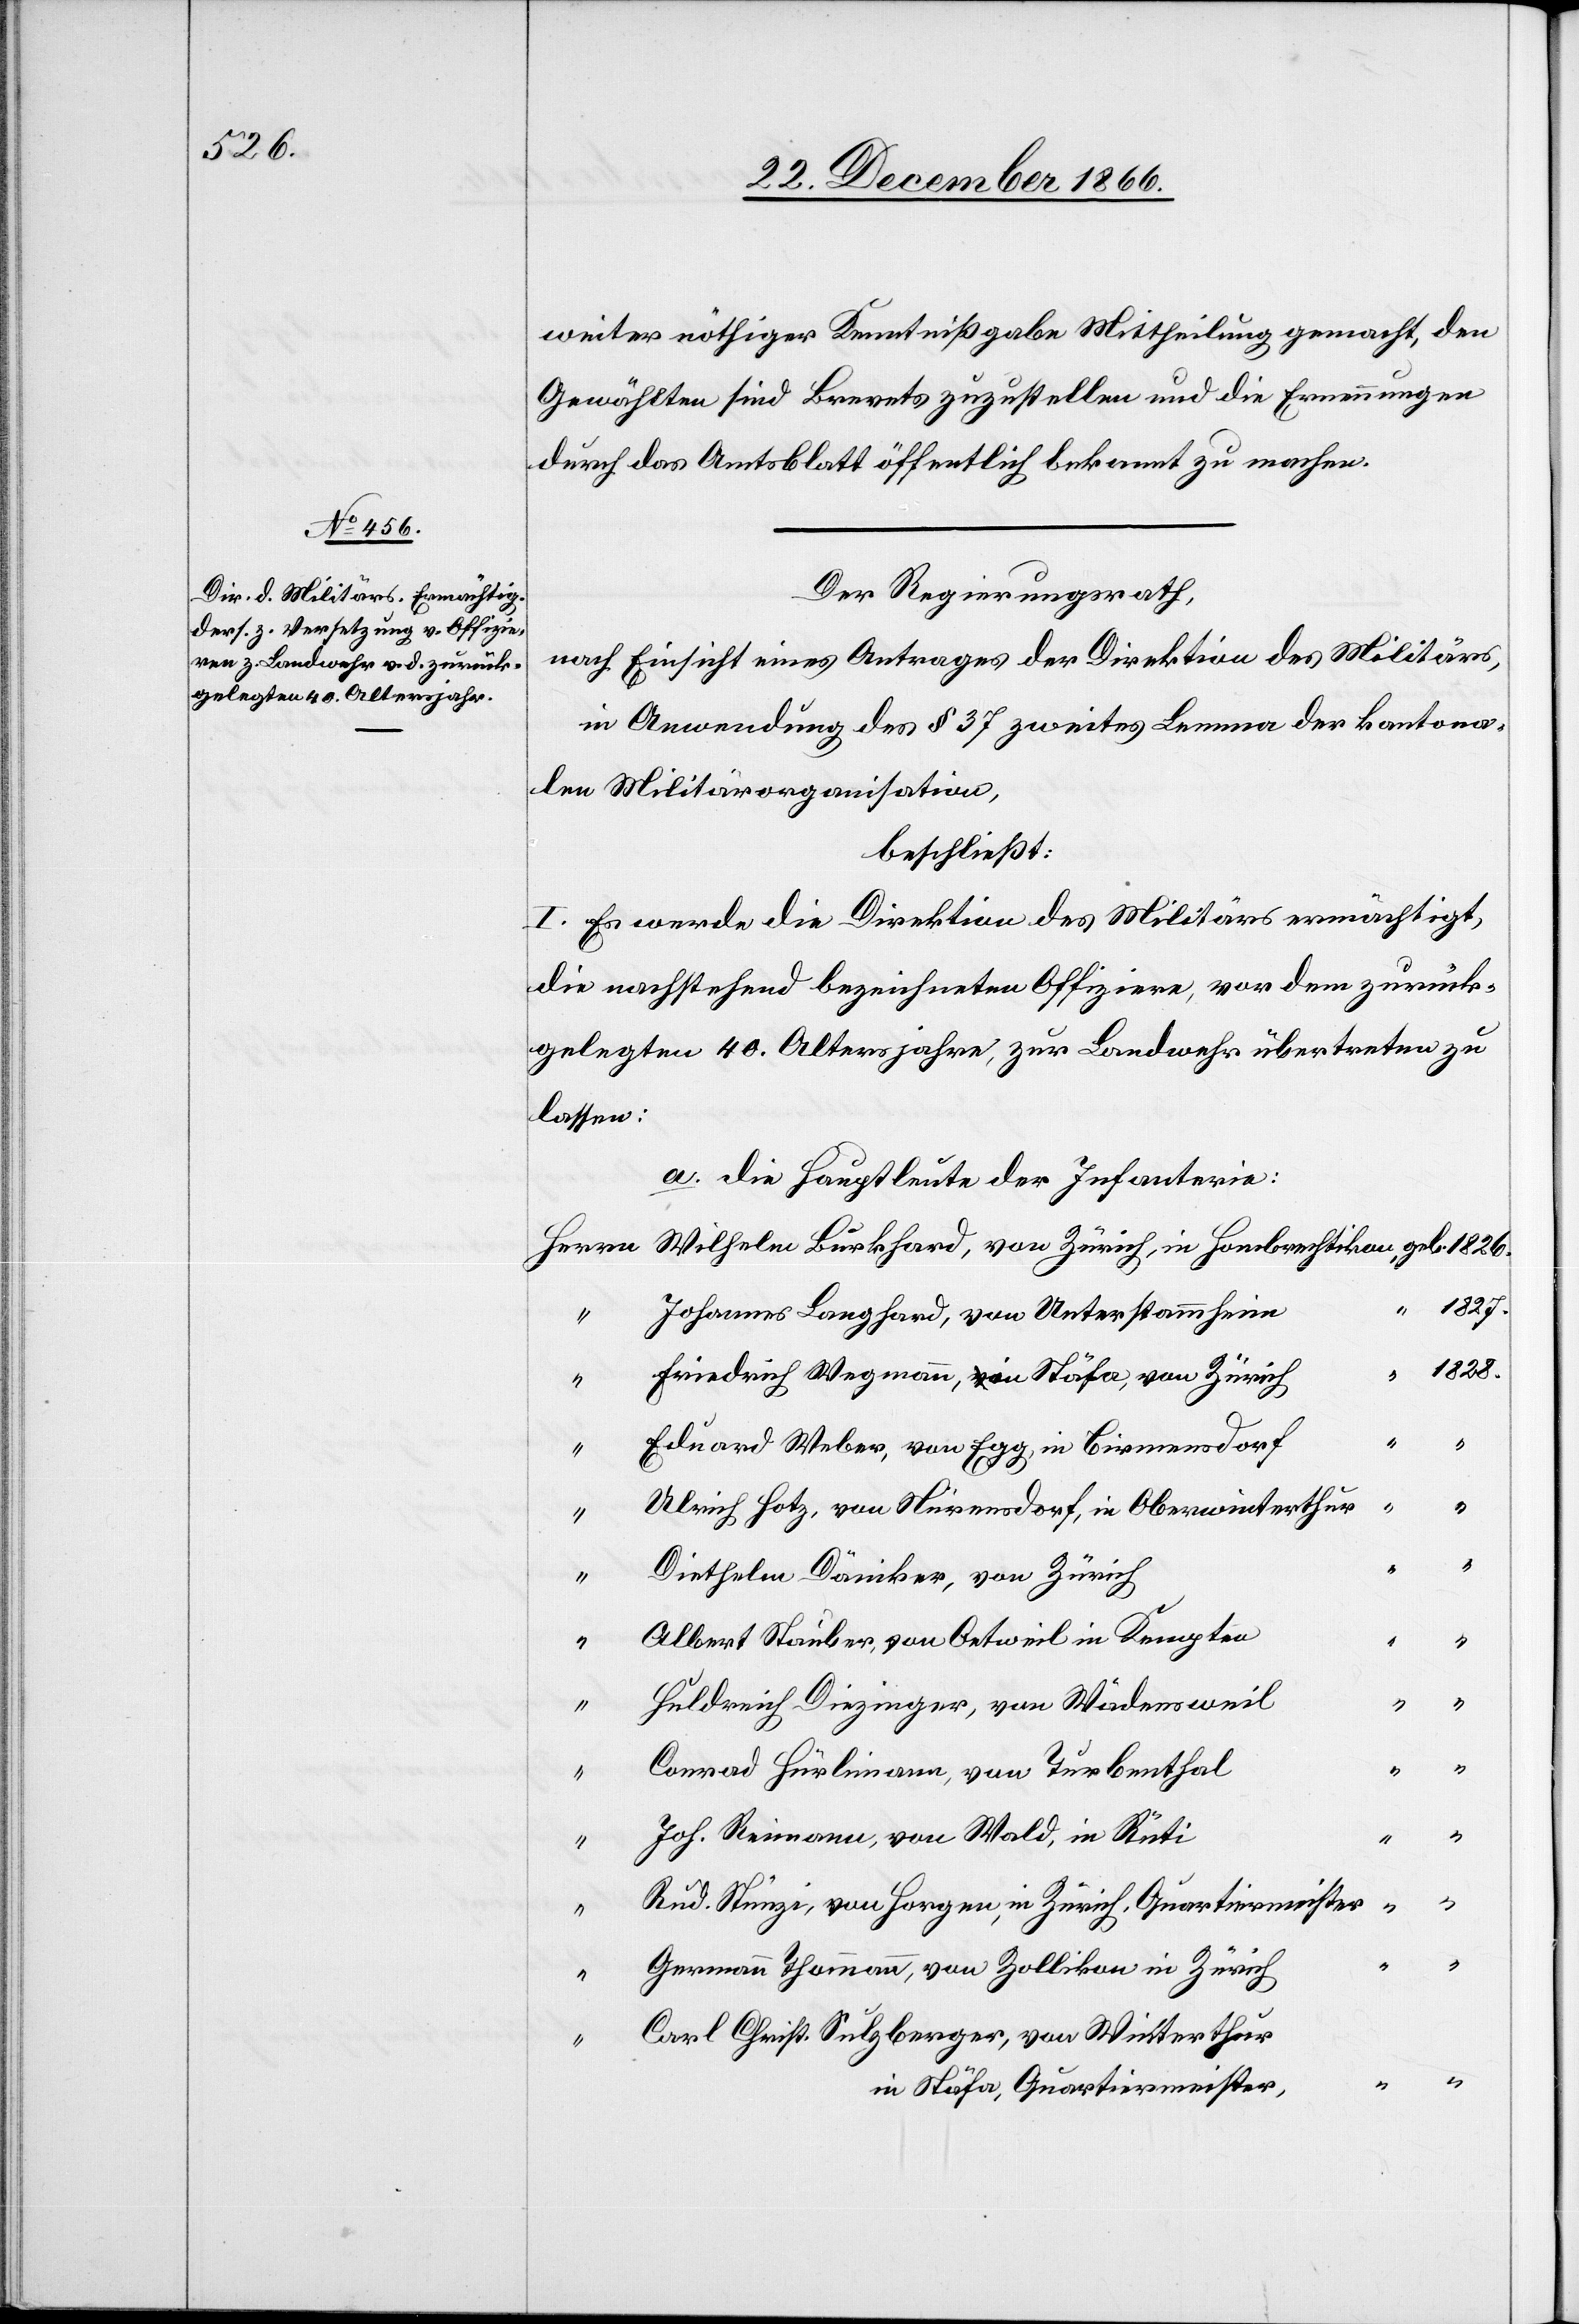
“

“

“

weiter nöthiger Kenntnißgabe Mittheilung gemacht, den
Gewählten sind Brevets zuzustellen und die Ernennungen
durch das Amtsblatt öffentlich bekannt zu machen.
Der Regierungsrath,
nach Einsicht eines Antrages der Direktion des Militärs,
in Anwendung des § 37 zweites Lemma der kantona¬
len Militärorganisation,
beschließt:
I. Es werde die Direktion des Militärs ermächtigt,
die nachstehend bezeichneten Offiziere, vor dem zurück¬
gelegten 40. Altersjahre, zur Landwehr übertreten zu
lassen:
a. die Hauptleute der Infanterie:
Wilhelm Burkhard, von Zürich, in Hombrechtikon,
Herrn
1827.
Johannes Langhard, von Unterstammheim,
1828.
“
Friedrich Wegmann, in Stäfa, von Zürich,
“
Eduard Weber, von Egg, in Birmensdorf,
Ulrich Hotz, von Nürensdorf, in Oberwinterthur,
“
“
Diethelm Däniker, von Zürich,
Albert Stauber, von Oetweil in Kempten
Huldreich Diezinger, von Wädensweil,
Conrad Hürlimann, von Turbenthal,
Joh. Reimann, von Wald, in Rüti,
“
Rud. Stünzi, von Horgen, in Zürich, Quartiermeister,
Germann Thommann, von Zollikon in Zürich
Carl Christ. Sulzberger, von Winterthur
in Stäfa, Quartiermeister,